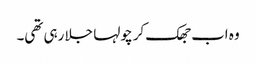
وہ اب جھک کر چولہا جلا رہی تھی۔